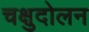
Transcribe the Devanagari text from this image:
चक्षुदोलन